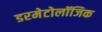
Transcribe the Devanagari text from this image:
डरमेटोलॉजिक